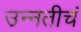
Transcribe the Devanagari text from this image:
उन्नतीचं